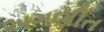
અગણીત